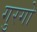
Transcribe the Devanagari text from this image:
गुरगो